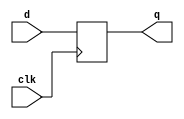
`timescale 1ns / 1ps
//////////////////////////////////////////////////////////////////////////////////
// Company: 
// Engineer: 
// 
// Design Name: 
// Module Name: d_ff
// Project Name: 
// Target Devices: 
// Tool Versions: 
// Description: 
// 
// Dependencies: 
// 
// Revision:
// Revision 0.01 - File Created
// Additional Comments:
// 
//////////////////////////////////////////////////////////////////////////////////


module d_ff(clk,d,q);

        input clk,d;
        output reg q;
        
        always@(posedge clk)
        begin
            q <= d;
        end    
endmodule